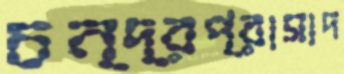
চন্দ্রপ্রাসাদ